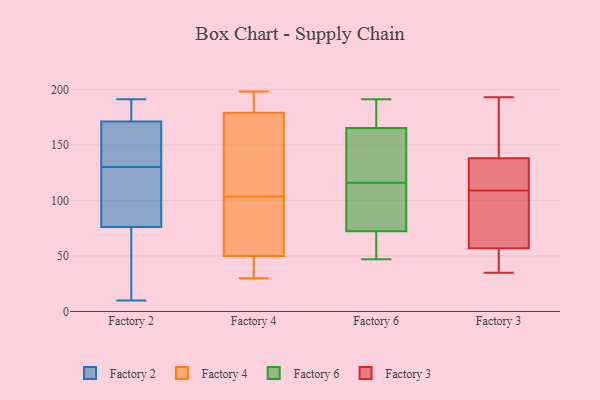
{"axis": {"x": "Gross Profit (USD K)", "y": "Value"}, "legend": ["Factory 2", "Factory 3", "Factory 4", "Factory 6"], "data": [{"x": "", "y": 189, "type": "Factory 2"}, {"x": "", "y": 156, "type": "Factory 2"}, {"x": "", "y": 71, "type": "Factory 2"}, {"x": "", "y": 171, "type": "Factory 2"}, {"x": "", "y": 108, "type": "Factory 2"}, {"x": "", "y": 115, "type": "Factory 2"}, {"x": "", "y": 76, "type": "Factory 2"}, {"x": "", "y": 191, "type": "Factory 2"}, {"x": "", "y": 178, "type": "Factory 2"}, {"x": "", "y": 87, "type": "Factory 2"}, {"x": "", "y": 169, "type": "Factory 2"}, {"x": "", "y": 57, "type": "Factory 2"}, {"x": "", "y": 39, "type": "Factory 2"}, {"x": "", "y": 95, "type": "Factory 2"}, {"x": "", "y": 145, "type": "Factory 2"}, {"x": "", "y": 164, "type": "Factory 2"}, {"x": "", "y": 177, "type": "Factory 2"}, {"x": "", "y": 10, "type": "Factory 2"}, {"x": "", "y": 43, "type": "Factory 4"}, {"x": "", "y": 39, "type": "Factory 4"}, {"x": "", "y": 182, "type": "Factory 4"}, {"x": "", "y": 140, "type": "Factory 4"}, {"x": "", "y": 198, "type": "Factory 4"}, {"x": "", "y": 50, "type": "Factory 4"}, {"x": "", "y": 60, "type": "Factory 4"}, {"x": "", "y": 174, "type": "Factory 4"}, {"x": "", "y": 181, "type": "Factory 4"}, {"x": "", "y": 67, "type": "Factory 4"}, {"x": "", "y": 179, "type": "Factory 4"}, {"x": "", "y": 30, "type": "Factory 4"}, {"x": "", "y": 154, "type": "Factory 4"}, {"x": "", "y": 51, "type": "Factory 4"}, {"x": "", "y": 116, "type": "Factory 6"}, {"x": "", "y": 47, "type": "Factory 6"}, {"x": "", "y": 83, "type": "Factory 6"}, {"x": "", "y": 172, "type": "Factory 6"}, {"x": "", "y": 149, "type": "Factory 6"}, {"x": "", "y": 168, "type": "Factory 6"}, {"x": "", "y": 76, "type": "Factory 6"}, {"x": "", "y": 187, "type": "Factory 6"}, {"x": "", "y": 58, "type": "Factory 6"}, {"x": "", "y": 71, "type": "Factory 6"}, {"x": "", "y": 59, "type": "Factory 6"}, {"x": "", "y": 157, "type": "Factory 6"}, {"x": "", "y": 149, "type": "Factory 6"}, {"x": "", "y": 191, "type": "Factory 6"}, {"x": "", "y": 110, "type": "Factory 6"}, {"x": "", "y": 61, "type": "Factory 3"}, {"x": "", "y": 110, "type": "Factory 3"}, {"x": "", "y": 130, "type": "Factory 3"}, {"x": "", "y": 53, "type": "Factory 3"}, {"x": "", "y": 193, "type": "Factory 3"}, {"x": "", "y": 152, "type": "Factory 3"}, {"x": "", "y": 146, "type": "Factory 3"}, {"x": "", "y": 88, "type": "Factory 3"}, {"x": "", "y": 92, "type": "Factory 3"}, {"x": "", "y": 133, "type": "Factory 3"}, {"x": "", "y": 37, "type": "Factory 3"}, {"x": "", "y": 108, "type": "Factory 3"}, {"x": "", "y": 123, "type": "Factory 3"}, {"x": "", "y": 188, "type": "Factory 3"}, {"x": "", "y": 138, "type": "Factory 3"}, {"x": "", "y": 57, "type": "Factory 3"}, {"x": "", "y": 35, "type": "Factory 3"}, {"x": "", "y": 41, "type": "Factory 3"}]}